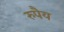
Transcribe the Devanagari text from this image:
रुपैय